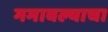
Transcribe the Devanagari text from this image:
गमावल्याचा